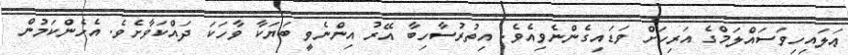
ޢަލައިހިވަސައްލަމްގެ އަރިހަށް ވަޑައިގެންނެވިއެވެ. އިތުރުސާހިބާ އޭރު އިންނެވީ ބަޔަކާ ވާހަކަ ދައްކަވާށެވެ. އެހެންކަމުން